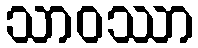
သာဝဿာ